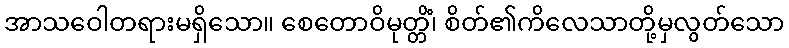
အာသဝေါတရားမရှိသော။ စေတောဝိမုတ္တိံ၊ စိတ်၏ကိလေသာတို့မှလွတ်သော